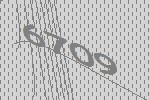
6709